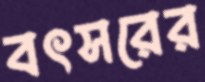
বৎসরের